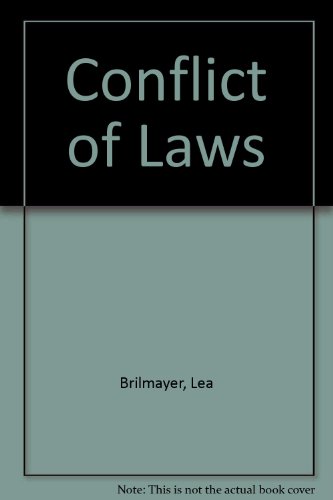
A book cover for Conflict of Laws (Raymond Briggs' the Snowman); Lea Brilmayer; Law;